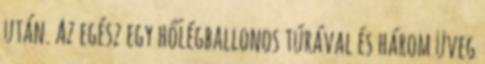
után. Az egész egy hőlégballonos túrával és három üveg